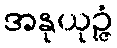
အနုယုဉ္ဇံ